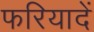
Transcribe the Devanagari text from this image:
फरियादें